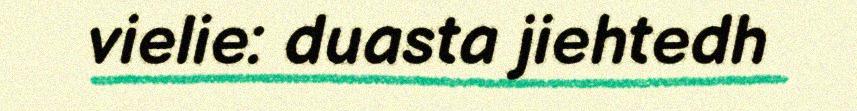
vielie: duasta jiehtedh